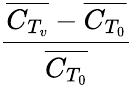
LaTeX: \frac{\overline{{C_{T_{v}}}}-\overline{{C_{T_{0}}}}}{\overline{{C_{T_{0}}}}}